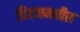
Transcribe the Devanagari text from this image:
डिग्रजमधील